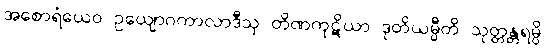
အစောရံယေဝ ဥယျောဂကာလာဒီသု တိဏကုဋိယာ ဒုတိယမ္ပီတိ သုတ္တန္တရမ္ပိ